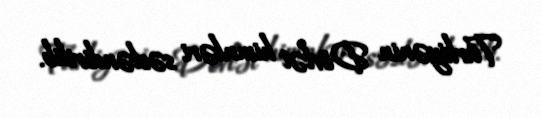
Türkiyənin Dövlət himnləri səsləndirilib.